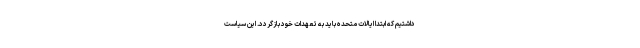
داشتیم که ابتدا ایالات متحده باید به تعهدات خود بازگردد. این سیاست